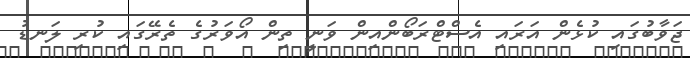
ޖަވާބުގައި ކުޅެން އަރައި އެސްޓްރަބޯންއިން ވަނީ ތިން އޯވަރުގެ ތެރޭގައި ކުރި ލަނޑު